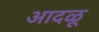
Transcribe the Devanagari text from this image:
आदळू